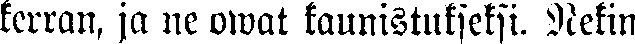
kerran, ja ne owat kaunistukseksi. Nekin